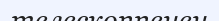
телескоппенен